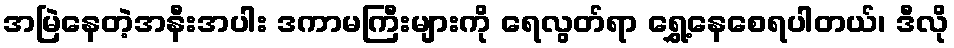
အမြဲနေတဲ့အနီးအပါး ဒကာမကြီးများကို ရေလွတ်ရာ ရွှေ့နေစေရပါတယ်၊ ဒီလို